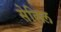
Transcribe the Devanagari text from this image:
सेलिल